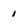
Character: 1